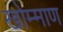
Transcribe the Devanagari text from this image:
खोम्माण